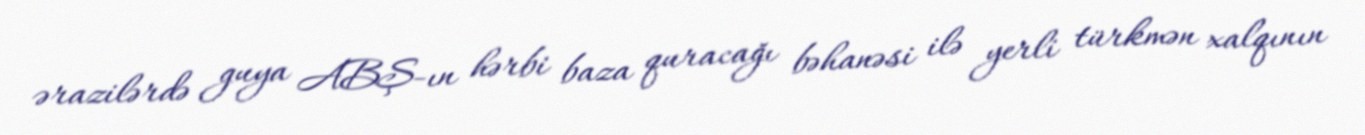
ərazilərdə guya ABŞ-ın hərbi baza quracağı bəhanəsi ilə yerli türkmən xalqının